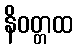
နိဝတ္တထ